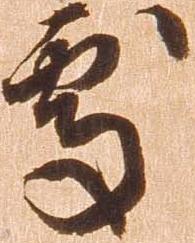
処